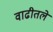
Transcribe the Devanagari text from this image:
वाढीतले